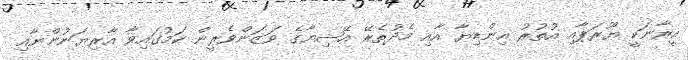
އީރާނަކީ ޔޫރަޕާއި އުތުރު އިންޑިޔާ އާއި މެދުތެރޭ އޭޝިޔާގެ ވަޒަންވެރީން ކަމުގައިވާ އާރިޔަނުންނާއި